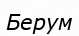
Берум